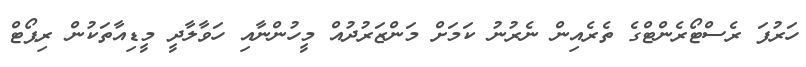
ހަރުފަ ރެސްޓޯރެންޓްގެ ތެރެއިން ނެރުނު ކަމަށް މަންޒަރުދުއް މީހުންނާއި ހަވާލާދީ މީޑިއާތަކުން ރިޕޯޓް